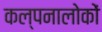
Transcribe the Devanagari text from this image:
कल्पनालोकों